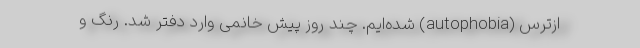
ازترس (autophobia) شده‌ایم. چند روز پیش خانمی وارد دفتر شد. رنگ و